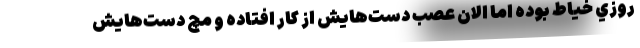
روزي خياط بوده اما الان عصب دست‌هايش از كار افتاده و مچ دست‌هايش